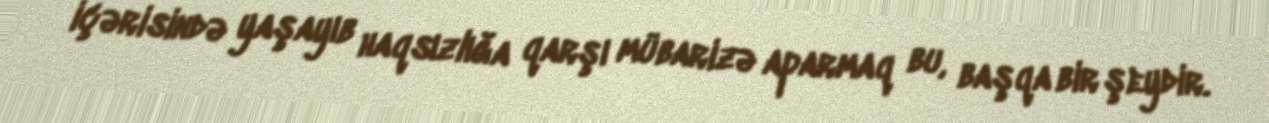
içərisində yaşayıb haqsızlığa qarşı mübarizə aparmaq bu, başqa bir şeydir.